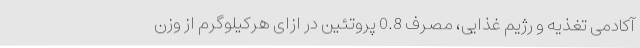
آکادمی تغذیه و رژیم غذایی، مصرف 0.8 پروتئین در ازای هرکیلوگرم از وزن